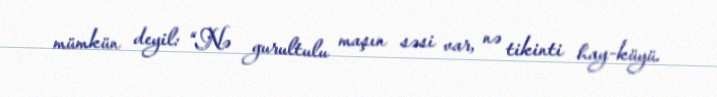
mümkün deyil: “Nə gurultulu maşın səsi var, nə tikinti hay-küyü.